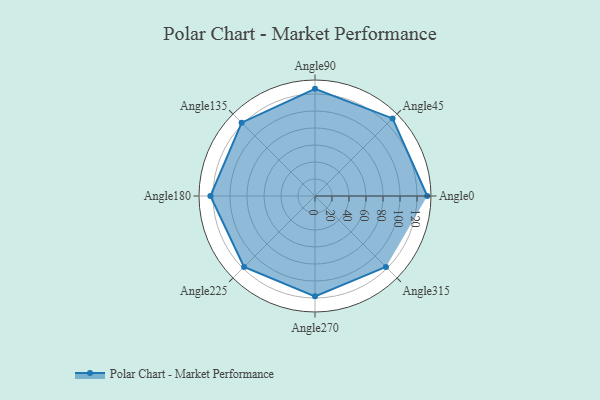
{"axis": {"x": "Angle", "y": "Radius"}, "legend": [""], "data": [{"x": "Angle0", "y": 132.0, "type": ""}, {"x": "Angle45", "y": 129.0, "type": ""}, {"x": "Angle90", "y": 126.0, "type": ""}, {"x": "Angle135", "y": 122.0, "type": ""}, {"x": "Angle180", "y": 123.0, "type": ""}, {"x": "Angle225", "y": 118.0, "type": ""}, {"x": "Angle270", "y": 118.0, "type": ""}, {"x": "Angle315", "y": 118.0, "type": ""}]}